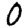
Digit: 0